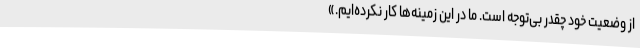
از وضعیت خود چقدر بی‌توجه است. ما در این زمینه‌ها کار نکرده‌ایم.»